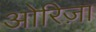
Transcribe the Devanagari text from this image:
ओरिज़ा